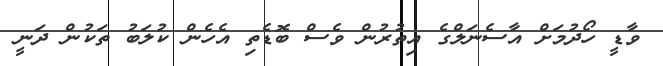
ވާޑީ ހޯދުމަށް އާސެނަލްގެ އިތުރުން ވެސް ބޮޑެތި އެހެން ކުލަބު ތަކުން ދަނީ